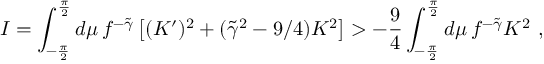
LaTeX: I = \int _ { - { \frac { \pi } { 2 } } } ^ { \frac { \pi } { 2 } } d \mu \, f ^ { - \tilde { \gamma } } \left[ ( K ^ { \prime } ) ^ { 2 } + ( \tilde { \gamma } ^ { 2 } - 9 / 4 ) K ^ { 2 } \right] > { - { \frac { 9 } { 4 } } } \int _ { - { \frac { \pi } { 2 } } } ^ { \frac { \pi } { 2 } } d \mu \, f ^ { - \tilde { \gamma } } K ^ { 2 } \ ,